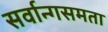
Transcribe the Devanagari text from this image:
सर्वान्गसमता